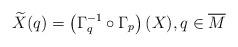
LaTeX: \begin{align*}\widetilde{X}(q) = \left( \Gamma_q^{-1} \circ \Gamma_p \right)(X), q \in \overline{M}\end{align*}